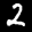
Label: 2